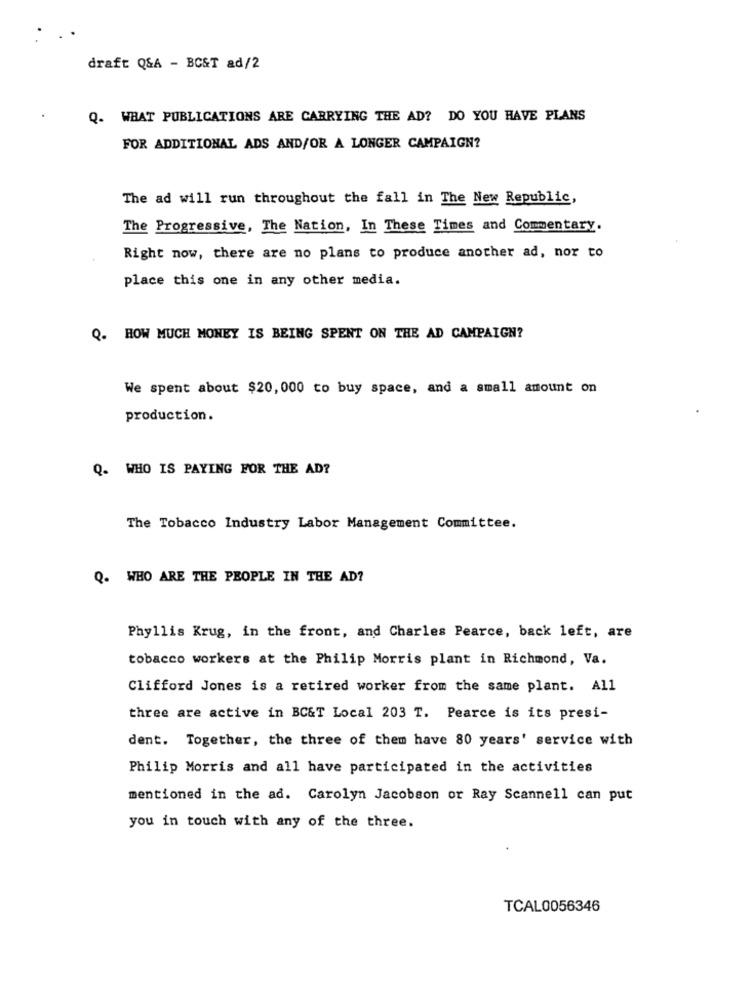
draft Q&A - BC&T ad/2
Q. WHAT PUBLICATIONS ARE CARRYING THE AD? DO YOU HAVE PLANS
FOR ADDITIONAL ADS AND/OR A LONGER CAMPAIGN?
The ad will run throughout the fall in The New Republic,
The Progressive, The Nation, In These Times and Commentary.
Right now, there are no plans to produce another ad, nor to
place this one in any other media.
Q. HOW MUCH MONEY IS BEING SPENT ON THE AD CAMPAIGN?
We spent about $20, 000 to buy space, and a small amount on
production.
Q. WHO IS PAYING FOR THE AD?
The Tobacco Industry Labor Management Committee.
Q. WHO ARE THE PEOPLE IN THE AD?
Phyllis Krug, in the front, and Charles Pearce, back left, are
tobacco workers at the Philip Morris plant in Richmond, Va.
Clifford Jones is a retired worker from the same plant. All
three are active in BC&T Local 203 T. Pearce is its presi-
dent. Together, the three of them have 80 years' service with
Philip Morris and all have participated in the activities
mentioned in the ad. Carolyn Jacobson or Ray Scannell can put
you in touch with any of the three.
TCAL0056346